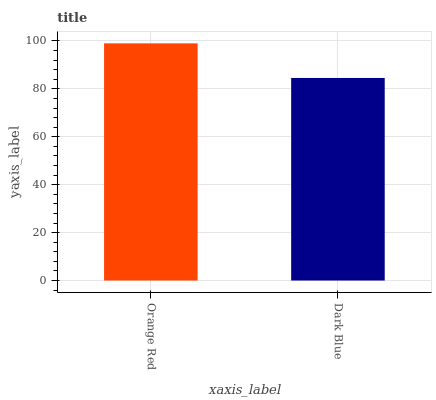
| xaxis_label | bars |
 | --- | --- |
 | Orange Red | 99 |
 | Dark Blue | 84.6 |